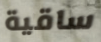
ساقية